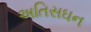
અતિસઘન